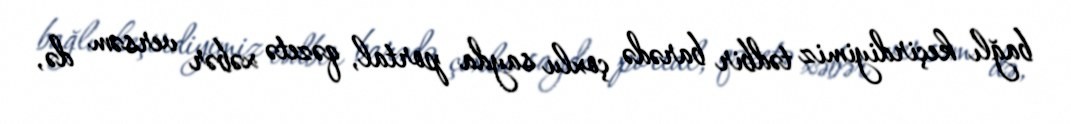
bağlı keçirdiyimiz tədbir barədə çoxlu sayda portal, qəzetə xəbər versəm də,